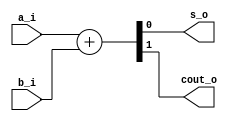
// This program was cloned from: https://github.com/mbaykenar/digital-logic-design
// License: Apache License 2.0

`timescale 1ns / 1ps
//////////////////////////////////////////////////////////////////////////////////
// Company: 
// Engineer: 
// 
// Design Name: 
// Module Name: half_adder_behav
// Project Name: 
// Target Devices: 
// Tool Versions: 
// Description: 
// 
// Dependencies: 
// 
// Revision:
// Revision 0.01 - File Created
// Additional Comments:
// 
//////////////////////////////////////////////////////////////////////////////////


module half_adder_behav
(
input wire a_i,
input wire b_i,
output reg s_o,
output reg cout_o
);

always @(a_i,b_i) begin
    {cout_o,s_o} = a_i + b_i;
end

endmodule